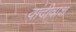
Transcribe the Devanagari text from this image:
वांदीवाश